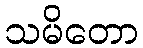
သမိတော